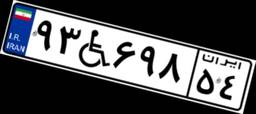
۵۱W۱۶۱۶۵